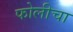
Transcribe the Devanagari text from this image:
फोलीचा